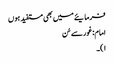
فرمایئے میں بھی مستفید ہوں
امام: غورسے سُن
۱)۔